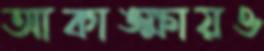
আকাঙ্ক্ষায়ও